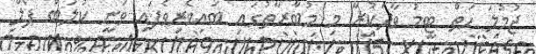
ޖުމުލަ ހަތް ޓީމު ވާދަކުރާ މި މުބާރާތުގައި ބައިވެރިވެފައި ވަނީ ކުލަބް ޕޯލް